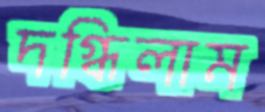
দগ্ধিলাম